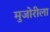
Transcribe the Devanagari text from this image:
मुजोरीला